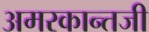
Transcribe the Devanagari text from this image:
अमरकान्तजी